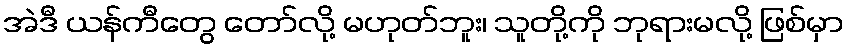
အဲဒီ ယန်ကီတွေ တော်လို့ မဟုတ်ဘူး၊ သူတို့ကို ဘုရားမလို့ ဖြစ်မှာ